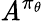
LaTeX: \mathit{A}^{\pi_{\theta}}